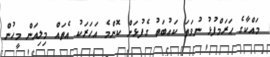
މައްކާގެ ޙަރަމްފުޅު ނުވަތަ ކަޢުބަތު ގެފުޅަށް ކޮންމެ އަހަރަކު އެތައް މިލިއަން މީހުން